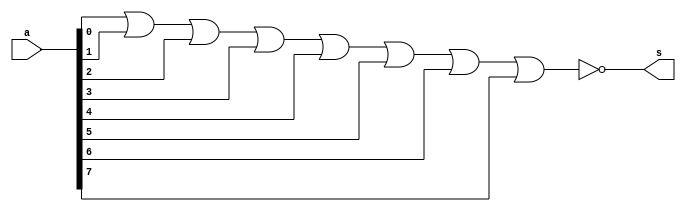
// -------------------------
// Exercicio11 - (receber um byte e retornar 1, se todos os seus bits forem iguais a 0)
// Nome: Djonatas Tulio Rodrigues Costa
// -------------------------

// -------------------------
// -- nor gate
// -------------------------
module norgate (output s, input [7:0]a);
	assign s = ~(a[0] | a[1] | a[2] | a[3] | a[4] | a[5] | a[6] | a[7]);
endmodule // norgate

// -------------------------
// -- test nor gate
// -------------------------
module testnorgate;
	reg [7:0]a;	// definir registrador
			// (variavel independente)
	wire s;		// definir conexao (fio)
			// (variavel dependente)
// ------------------------- instancia
	norgate NOR1 (s, a);
// ------------------------- preparacao
	initial begin:start
		a=8'b00000000;
	end
// ------------------------- parte principal
	initial begin:main
		$display("Exercicio11 - Djonatas Tulio Rodrigues Costa - 440954");
		$display("Test NOR gate");
		$display("\nbyte     = s\n");
		$monitor("%b = %b", a, s);
	#1 a=8'b00000001;
	#1 a=8'b00000010;
	#1 a=8'b00000100;
	#1 a=8'b00001000;
	#1 a=8'b00010000;
	#1 a=8'b00100000;
	#1 a=8'b01000000;
	#1 a=8'b10000000;
	#1 a=8'b11111111;
	end

endmodule // norgate